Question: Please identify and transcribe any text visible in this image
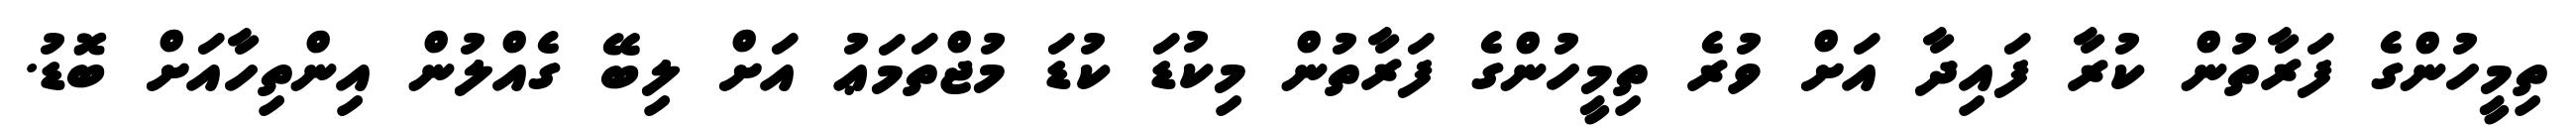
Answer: ތިމީހުންގެ ފަރާތުން ކުރާ ފައިދާ އަށް ވުރެ ތިމީހުންގެ ފަރާތުން މިކުޑަ ކުޑަ މުޖްތަމަޢު އަށް ލިބޭ ގެއްލުން އިންތިހާއަށް ބޮޑު.